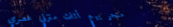
متجر بيع أثاث منزلي عصري